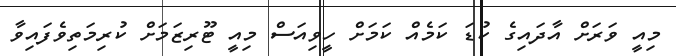
މިއީ ވަރަށް އާދައިގެ ކުޑަ ކަމެއް ކަމަށް ހީވިއަސް މިއީ ޓޫރިޒަމަށް ކުރިމަތިވެފައިވާ